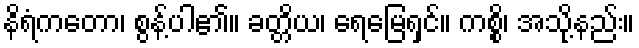
နိရံကတော၊ စွန့်ပါ၏။ ခတ္တိယ၊ ရေမြေရှင်။ ကစ္စိ၊ အသို့နည်း။